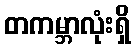
တကမ္ဘာလုံးရှိ